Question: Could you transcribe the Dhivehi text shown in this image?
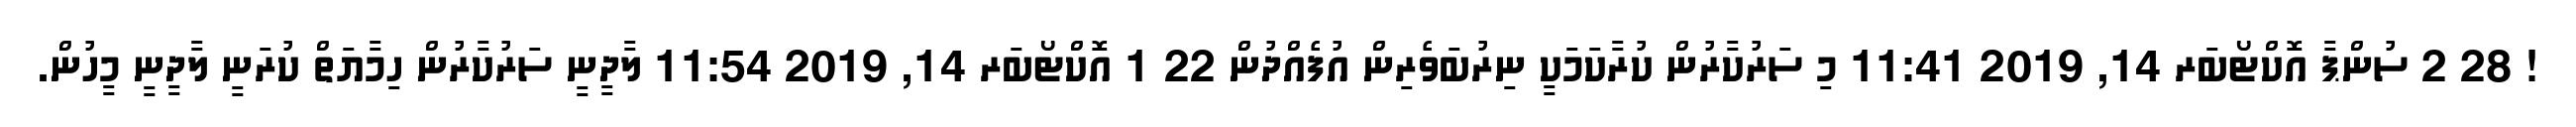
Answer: ! 28 2 ސުންޕާ އޮކްޓޯބަރ 14, 2019 11:41 މި ސަރުކާރުން ކުރާކަމަކީ ނިރުބަވެރިން އުފެއްދުން 22 1 އޮކްޓޯބަރ 14, 2019 11:54 ލާދީނީ ސަރުކާރުން ހިމާޔަތް ކުރަނީ ލާދީނީ މީހުން.